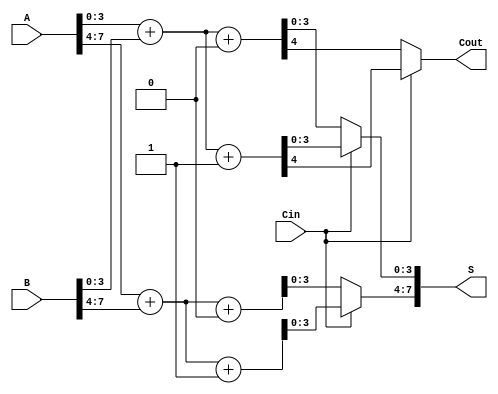
module CarrySelectAdder (
    input [7:0] A,      // 8-bit input A
    input [7:0] B,      // 8-bit input B
    input Cin,          // Carry-in
    output [7:0] S,     // 8-bit Sum output
    output Cout         // Carry-out
);

    wire [3:0] S0_0, S0_1, S1_0, S1_1; // Sums for each block
    wire C0, C1;                       // Carry outputs for each block

    // Block 0 (Lower 4 bits)
    // Adder assuming carry-in = 0
    assign {C0, S0_0} = A[3:0] + B[3:0] + 1'b0;
    // Adder assuming carry-in = 1
    assign {C1, S0_1} = A[3:0] + B[3:0] + 1'b1;

    // Block 1 (Upper 4 bits)
    // Adder assuming carry-in = 0
    assign {C0, S1_0} = A[7:4] + B[7:4] + 1'b0;
    // Adder assuming carry-in = 1
    assign {C1, S1_1} = A[7:4] + B[7:4] + 1'b1;

    // Final Sum and Carry-out selection
    assign S[3:0] = (Cin == 1'b0) ? S0_0 : S0_1; // Select sum from block 0
    assign S[7:4] = (Cin == 1'b0) ? S1_0 : S1_1; // Select sum from block 1
    assign Cout = (Cin == 1'b0) ? C0 : C1;       // Select carry-out

endmodule